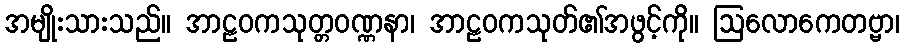
အမျိုးသားသည်။ အာဠဝကသုတ္တဝဏ္ဏနာ၊ အာဠဝကသုတ်၏အဖွင့်ကို။ ဩလောကေတဗ္ဗာ၊